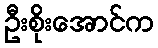
ဦးစိုးအောင်က